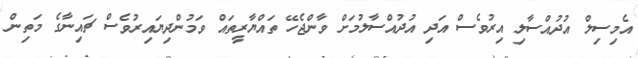
އެމިސިލް އުދުއްސާލި އިރުވެސް އަދި އުދުއްސާލުމަށް ވާންޖެހޭ ތައްޔާރީތައް ވަމުންދިޔައިރުވެސް ޗައިނާގެ މަތިން